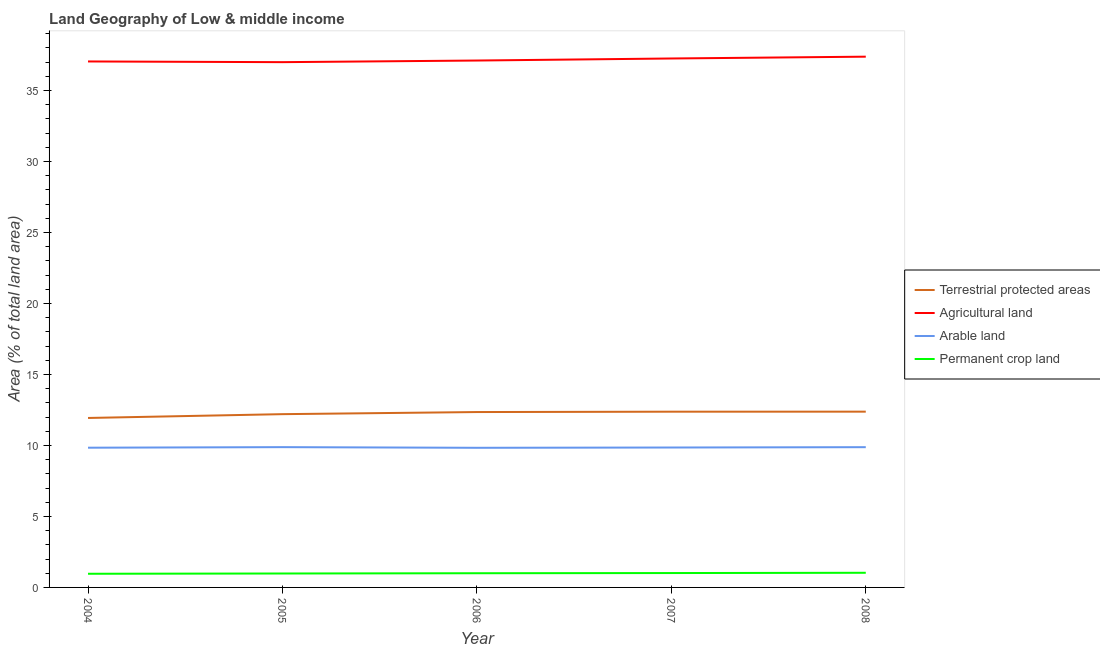
| Year | Terrestrial protected areas | Agricultural land | Arable land | Permanent crop land |
 | --- | --- | --- | --- | --- |
 | 2004 | 11.9 | 37 | 9.84 | 0.962 |
 | 2005 | 12.2 | 37 | 9.88 | 0.981 |
 | 2006 | 12.4 | 37.1 | 9.83 | 1 |
 | 2007 | 12.4 | 37.3 | 9.85 | 1.01 |
 | 2008 | 12.4 | 37.4 | 9.88 | 1.03 |